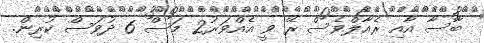
ބާސާ އާއި ރެއާލްވެސް ރޭ ވީ އެއްވަރު2 މަސް 6 ދުވަސް ކުރިން.